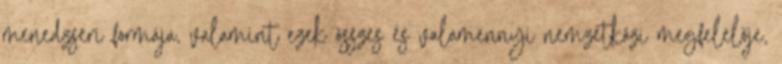
menedzseri formája, valamint ezek összes és valamennyi nemzetközi megfelelője,